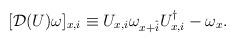
LaTeX: \begin{align*}[{\cal D}(U)\omega]_{x,i} \equiv U_{x,i}\omega_{x+\hat{i}} U_{x,i}^\dagger - \omega_x .\end{align*}